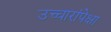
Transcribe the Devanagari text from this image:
उच्चारांपेक्षा